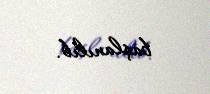
başlanılıb.